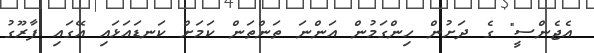
އެޖެންސީ" ގެ ދަށުން ހިންގަމުން އަންނަ ތަންތަން ކަމަށް ކަނޑައަޅައި އޭގައި ފާރޫގު